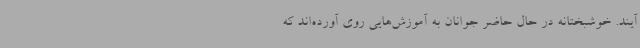
‌آیند. خوشبختانه در حال حاضر جوانان به آموزش‌هایی روی آورده‌اند که